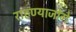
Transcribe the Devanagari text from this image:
राहण्याजोगे